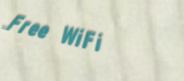
Free WiFi